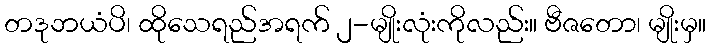
တဒုဘယံပိ၊ ထိုသေရည်အရက် ၂-မျိုးလုံးကိုလည်း။ ဗီဇတော၊ မျိုးမှ။